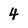
Character: 4